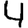
Digit: 4